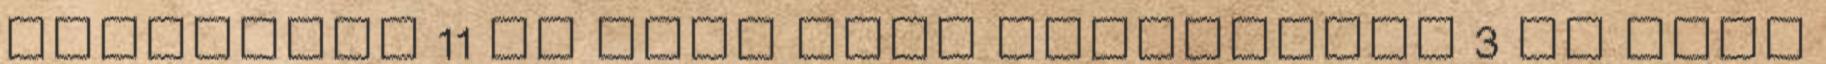
Rendőrség 11 ks LEGO City Tűzoltóság 3 ks LEGO